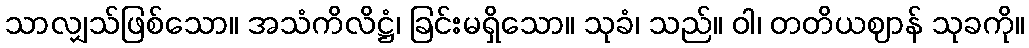
သာလျှသ်ဖြစ်သော။ အသံကိလိဋ္ဌံ၊ ခြင်းမရှိသော။ သုခံ၊ သည်။ ဝါ၊ တတိယဈာန် သုခကို။